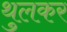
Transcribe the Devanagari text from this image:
थुलकर